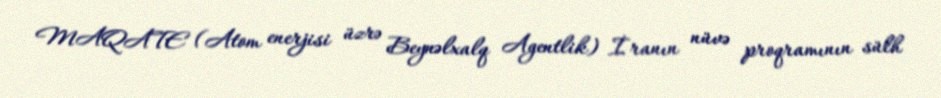
MAQATE (Atom enerjisi üzrə Beynəlxalq Agentlik) İranın nüvə proqramının sülh